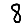
Digit: 8